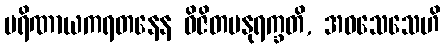
ပရိဏာယကရတနေန ဝိဇိတမနုရက္ခတိ, အဝသေသေဟိ